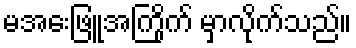
မအေးဖြူအကြိုက် မှာလိုက်သည်။